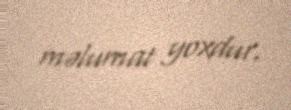
məlumat yoxdur.